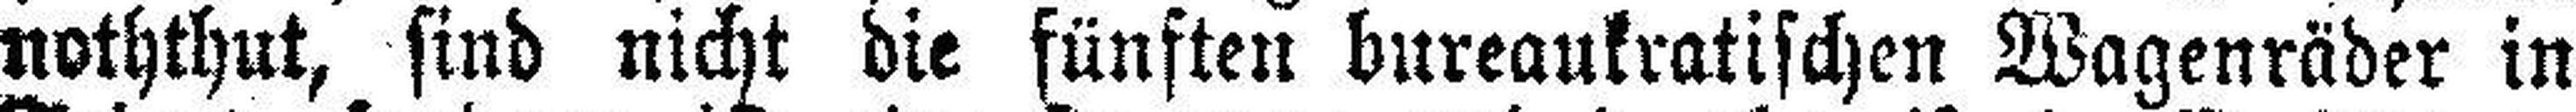
noththut, sind nicht die fünften bureaukratischen Wagenräder in